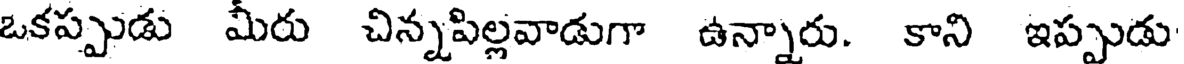
ఒకప్పుడు మీరు చిన్నపిల్లవాడుగా ఉన్నారు. కాని ఇప్పుడు